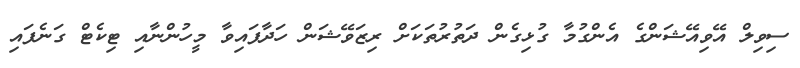
ސިވިލް އޭވިއޭޝަންގެ އެންގުމާ ގުޅިގެން ދަތުރުތަކަށް ރިޒަވޭޝަން ހަދާފައިވާ މީހުންނާއި ޓިކެޓް ގަނެފައި